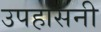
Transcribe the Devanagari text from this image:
उपहासनी